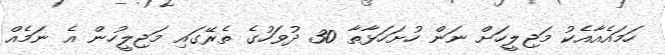
ހަމައެއާއެކު މަޖިލީހަށް ނަން ހުށަހަޅާތާ 30 ދުވަހުގެ ތެރޭގައި މަޖިލީހުން އެ ނަމެއް